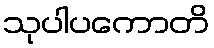
သုပါပကောတိ